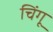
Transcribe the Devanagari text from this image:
चिंगू